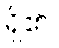
ရှိ၏။